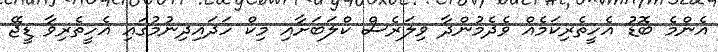
އެންމެ ބޮޑު އެހީތެރިކަމެއް ވެދެމުންދާ ވިލަރެސް ކްލަބަށާއި މިކް ހަދައިދިނުމުގައި އެހީތެރިވާ ޑީޖޭ